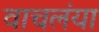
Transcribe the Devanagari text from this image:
वाचलंया